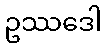
ဥဿဒေါ